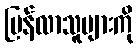
ပြန်လာသူများကို